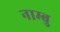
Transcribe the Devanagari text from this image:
नाम्बु